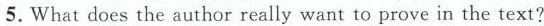
5.What does nat does the suthor really want to prove in the text?